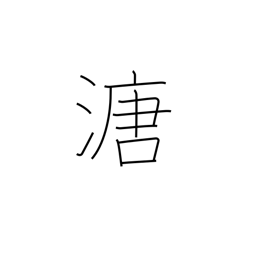
Meaning: mud